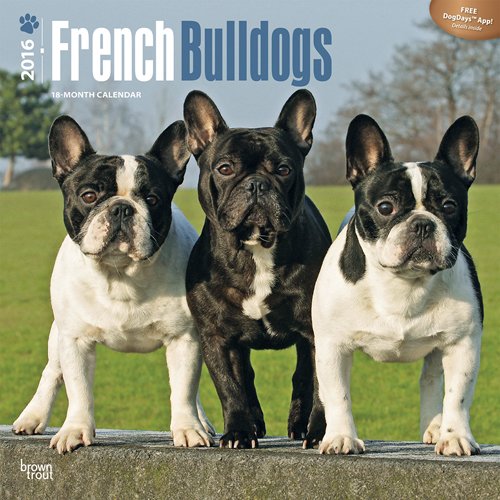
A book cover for French Bulldogs 2016 Square 12x12 (Multilingual Edition); Browntrout Publishers; Calendars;